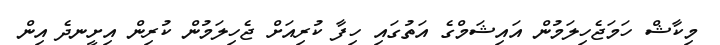
މިކާޝް ހަމަޖެހިލަމުން އައިޝަމްގެ އަތުގައި ހިފާ ކުރިއަށް ޖެހިލަމުން ކުރިން އިށީނދެ އިން